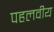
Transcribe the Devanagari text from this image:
पहलवीय